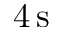
4 \, \mathrm s